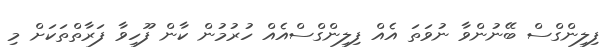
ފިލިންގްސް ބޭނުންވާ ނުވަތަ އެއް ފިލިންގްސްއެއް ހުރުމުން ކާން ފޫހިވާ ފަރާތްތަކަށް މި